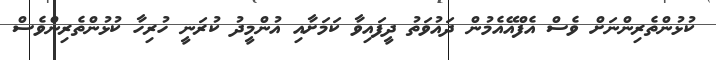
ކުޅުންތެރިންނަށް ވެސް އެފްއޭއެމުން ދައުވަތު ދީފައިވާ ކަމަށާއި އުންމީދު ކުރަނީ ހުރިހާ ކުޅުންތެރިންވެސް